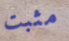
مثبت